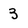
Character: 3